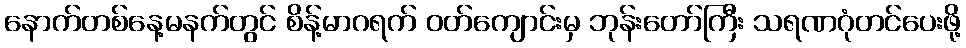
နောက်တစ်နေ့မနက်တွင် စိန့်မာဂရက် ဝတ်ကျောင်းမှ ဘုန်းတော်ကြီး သရဏဂုံတင်ပေးဖို့